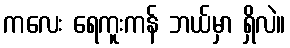
ကလေး ရေကူးကန် ဘယ်မှာ ရှိလဲ။